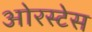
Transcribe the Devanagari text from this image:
ओरस्टेस